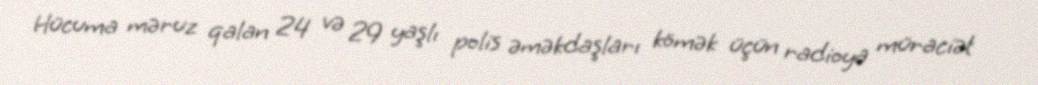
Hücuma məruz qalan 24 və 29 yaşlı polis əməkdaşları kömək üçün radioya müraciət